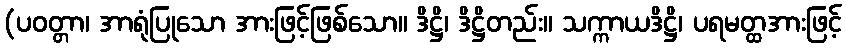
(ပဝတ္တာ၊ အာရုံပြုသော အားဖြင့်ဖြစ်သော။ ဒိဋ္ဌိ၊ ဒိဋ္ဌိတည်း။ သက္ကာယဒိဋ္ဌိ၊ ပရမတ္ထအားဖြင့်